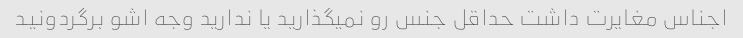
اجناس مغایرت داشت حداقل جنس رو نمیگذارید یا ندارید وجه اشو برگردونید